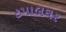
ટપાલઘર